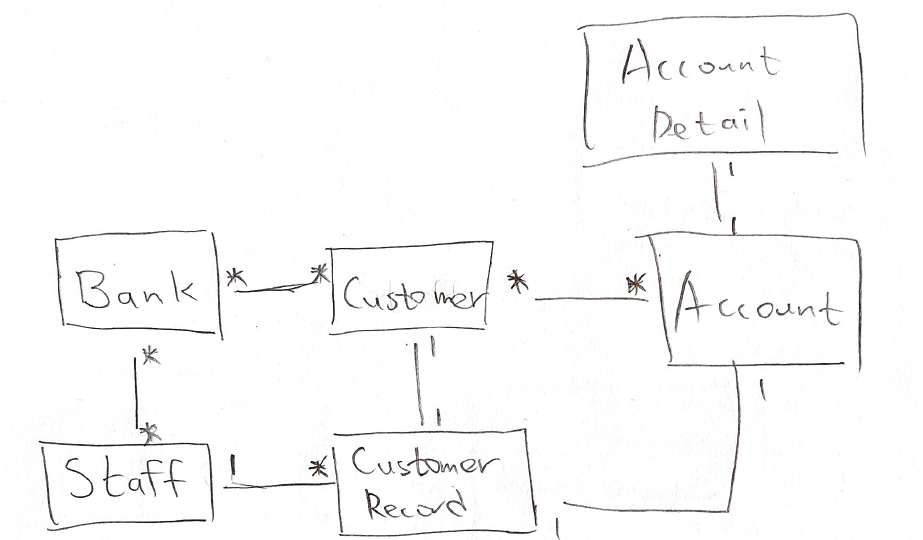
Diagram type: class_diagram
```plantuml
@startuml

class Bank

class Staff

class Customer

class CustomerRecord

class Account

class AccountDetail

Bank "*" -down- "*" Staff
Bank "*" -right- "*" Customer

Staff "1" -right- "*" CustomerRecord

Customer "1" -down- "1" CustomerRecord
Customer "*" -right- "*" Account
Account "1" -up- "1" AccountDetail
Account "1" -- "1" CustomerRecord

@enduml
```